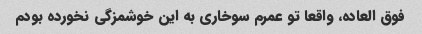
فوق العاده، واقعا تو عمرم سوخاری به این خوشمزگی نخورده بودم